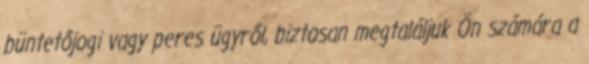
büntetőjogi vagy peres ügyről, biztosan megtaláljuk Ön számára a